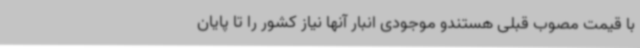
با قیمت مصوب قبلی هستندو موجودی انبار آنها نیاز کشور را تا پایان